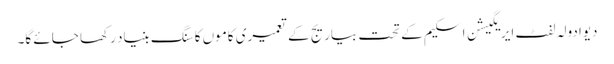
دیوادولہ لفٹ ایریگیشن اسکیم کے تحت بیاریج کے تعمیری کاموں کا سنگ بنیاد رکھا جائے گا۔